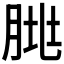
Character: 𰮥